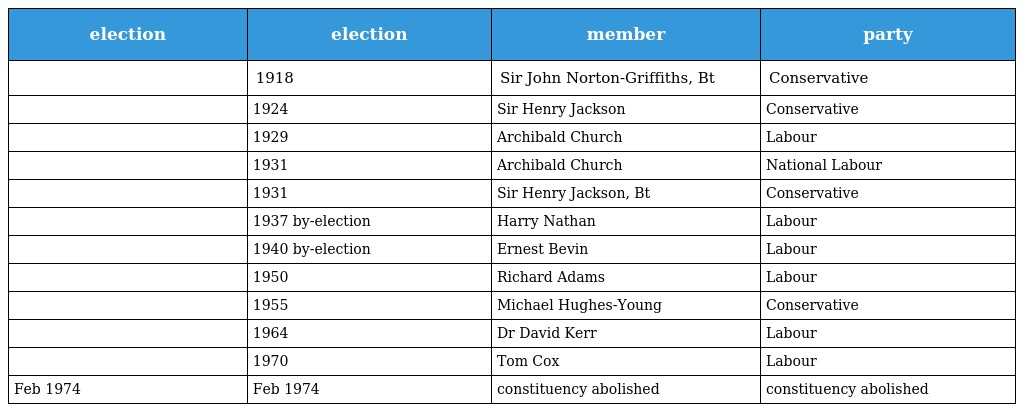
| election | election | member | party |
 | --- | --- | --- | --- |
 |  | 1918 | Sir John Norton-Griffiths, Bt | Conservative |
 |  | 1924 | Sir Henry Jackson | Conservative |
 |  | 1929 | Archibald Church | Labour |
 |  | 1931 | Archibald Church | National Labour |
 |  | 1931 | Sir Henry Jackson, Bt | Conservative |
 |  | 1937 by-election | Harry Nathan | Labour |
 |  | 1940 by-election | Ernest Bevin | Labour |
 |  | 1950 | Richard Adams | Labour |
 |  | 1955 | Michael Hughes-Young | Conservative |
 |  | 1964 | Dr David Kerr | Labour |
 |  | 1970 | Tom Cox | Labour |
 | Feb 1974 | Feb 1974 | constituency abolished | constituency abolished |